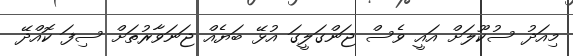
މިއަދު ސުކޫލަށް އައީ ވެސް ޖަންގަލީގަ އުޅޭ ބަޔެއް ޖަނަވާރުތަށް ސިފަ ކޮއްދޭ